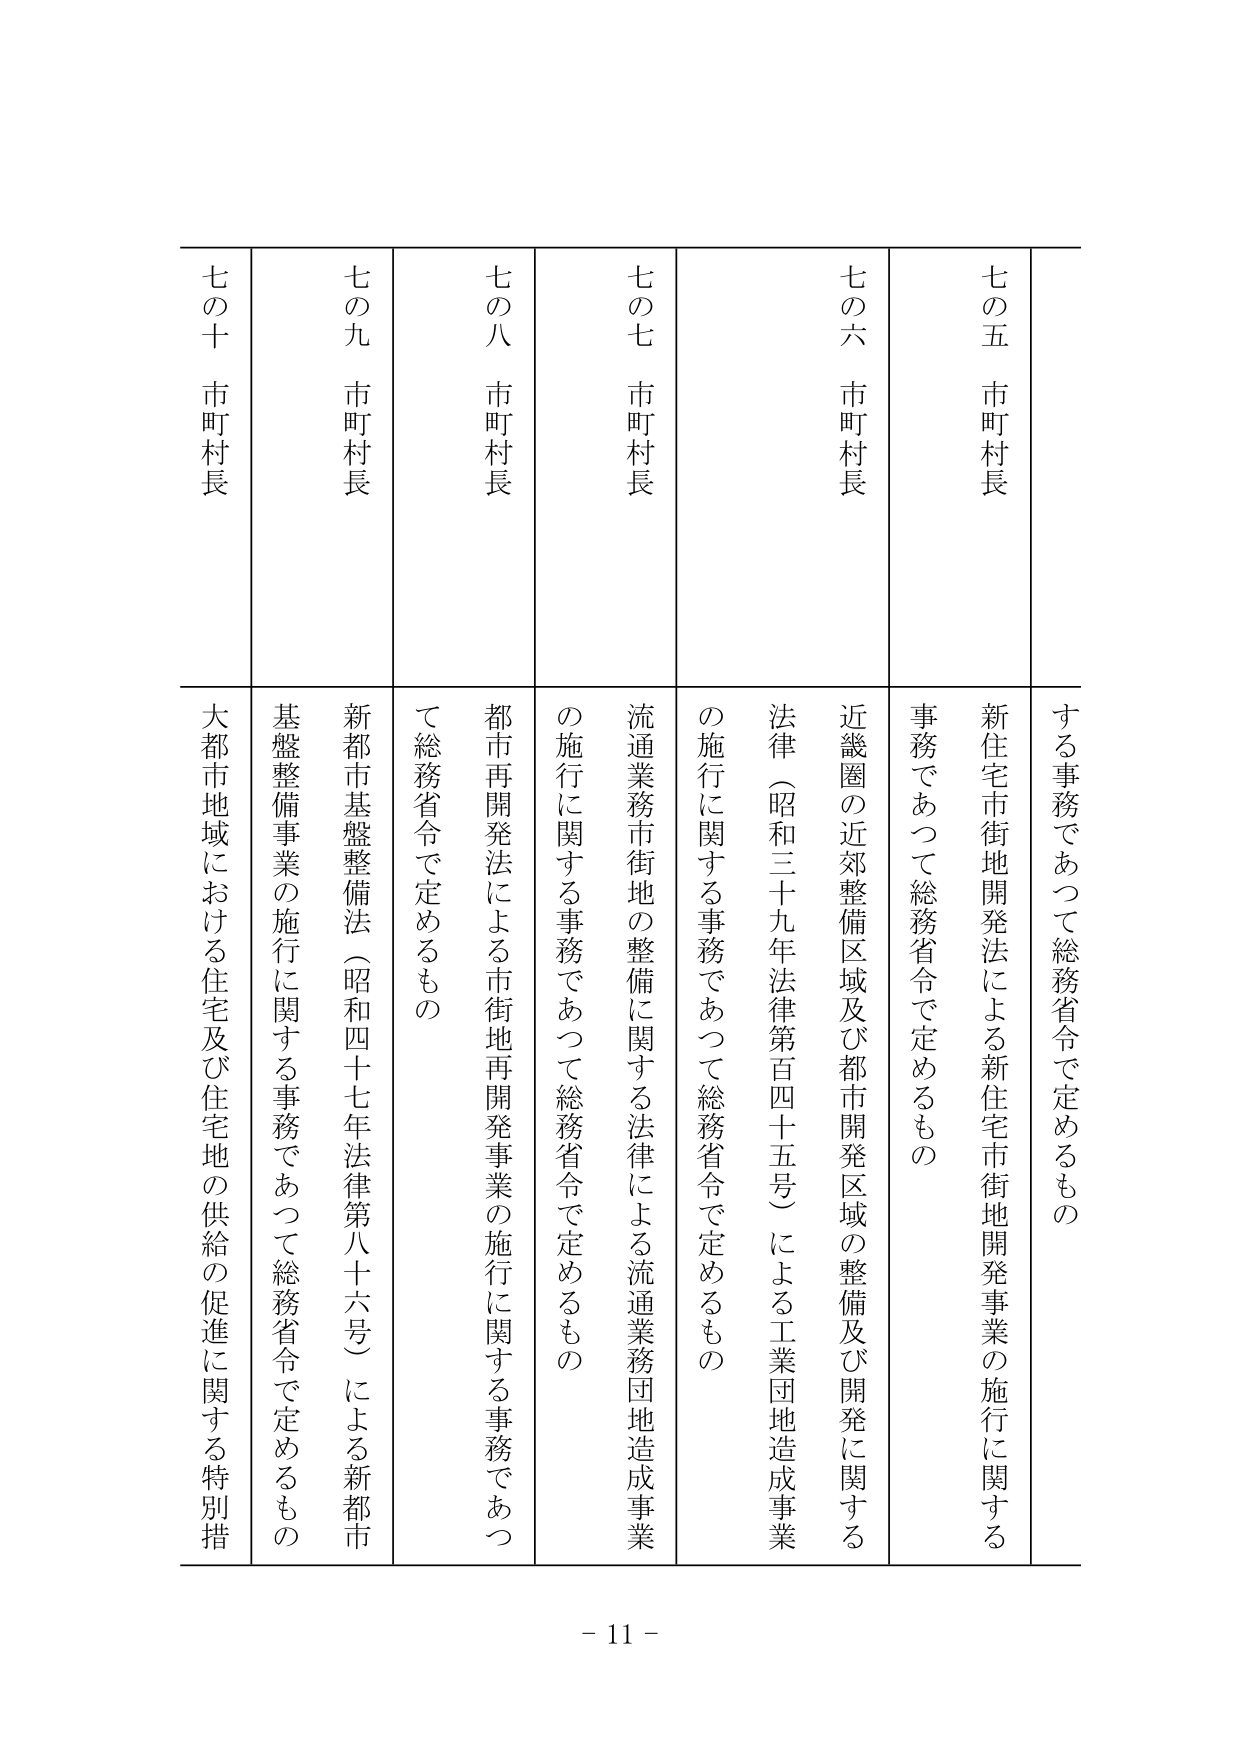
七の五 市町村長
する事務であつて総務省令で定めるもの
新住宅市街地開発法による新住宅市街地開発事業の施行に関する
事務であつて総務省令で定めるもの

七の六 市町村長
近畿圏の近郊整備区域及び都市開発区域の整備及び開発に関する
法律（昭和三十九年法律第百四十五号）による工業団地造成事業
の施行に関する事務であつて総務省令で定めるもの

七の七 市町村長
流通業務市街地の整備に関する法律による流通業務団地造成事業
の施行に関する事務であつて総務省令で定めるもの

七の八 市町村長
都市再開発法による市街地再開発事業の施行に関する事務であつ
て総務省令で定めるもの

七の九 市町村長
新都市基盤整備法（昭和四十七年法律第八十六号）による新都市
基盤整備事業の施行に関する事務であつて総務省令で定めるもの

七の十 市町村長
大都市地域における住宅及び住宅地の供給の促進に関する特別措

- 11 -